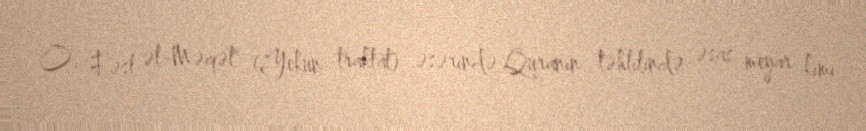
O, "Fəsl əl-Məqəl" (Yekun traktat) əsərində Quranın təhlilində əsas meyar kimi